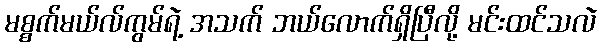
မစ္စက်မယ်လ်ကွမ်ရဲ့ အသက် ဘယ်လောက်ရှိပြီလို့ မင်းထင်သလဲ